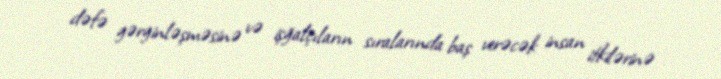
dəfə gərginləşməsinə və işğalçıların sıralarında baş verəcək insan itkilərinə